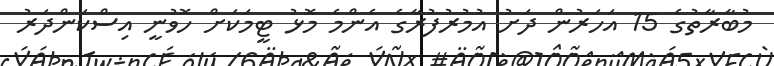
މުބާރާތުގެ 15 އަހަރުން ދަށު އުމުރުފުރާގެ އެންމެ މޮޅު ޓީމަކަށް ހޮވުނީ އިސްކަންދަރު